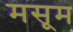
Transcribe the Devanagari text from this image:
मसूम